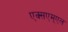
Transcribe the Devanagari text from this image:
एक्सएम्एल